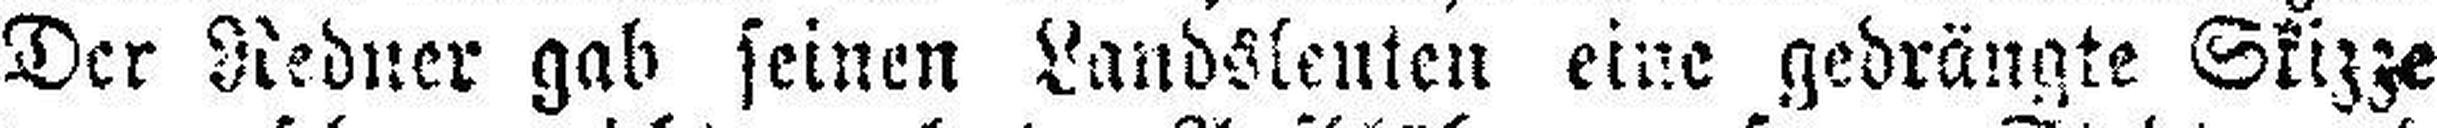
Der Redner gab seinen Landsleuten eine gedrängte Skizze